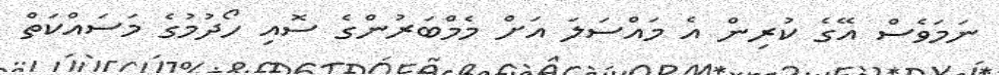
ނަމަވެސް އޭގެ ކުރިން އެ މައްސަލަ އަށް މެމްބަރުންގެ ސޮއި ހޯދުމުގެ މަސައްކަތް